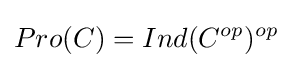
Pro(C)=Ind(C^{op})^{op}